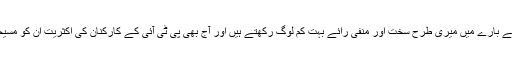
مجھے یہ بھی احساس ہے کہ عمران خان کے بارے میں میری طرح سخت اور منفی رائے بہت کم لوگ رکھتے ہیں اور آج بھی پی ٹی آئی کے کارکنان کی اکثریت ان کو مسیحا اور غلطیوں سے مبرا ہستی سمجھتے ہیں۔